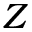
Z